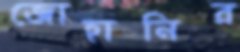
জোহানির